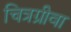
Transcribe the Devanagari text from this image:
चित्रग्रीवा